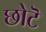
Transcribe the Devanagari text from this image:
छोटॆ